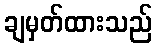
ချမှတ်ထားသည်